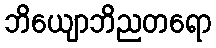
ဘိယျောဘိညတရော